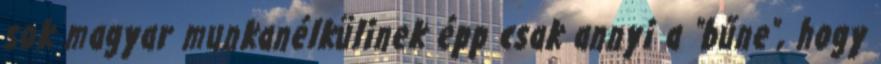
sok magyar munkanélkülinek épp csak annyi a "bűne", hogy